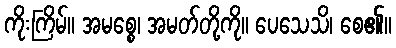
ကိုးကြိမ်။ အမစ္စေ၊ အမတ်တို့ကို။ ပေသေသိ၊ စေ၏။